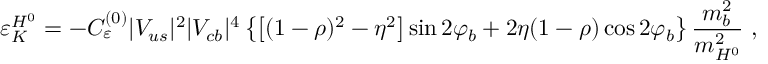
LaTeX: \varepsilon _ { K } ^ { H ^ { 0 } } = - C _ { \varepsilon } ^ { ( 0 ) } | V _ { u s } | ^ { 2 } | V _ { c b } | ^ { 4 } \left\{ \left[ ( 1 - \rho ) ^ { 2 } - \eta ^ { 2 } \right] \sin 2 \varphi _ { b } + 2 \eta ( 1 - \rho ) \cos 2 \varphi _ { b } \right\} \frac { m _ { b } ^ { 2 } } { m _ { H ^ { 0 } } ^ { 2 } } \ ,